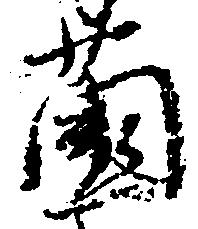
薗